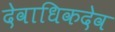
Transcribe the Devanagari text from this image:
देवाधिकदेव